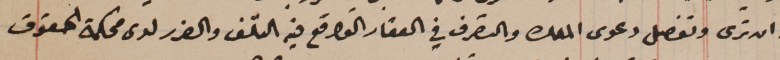
الى ان ترى وتفصل دعوى الملك والتصرف في العقار الواقع فيه التلف والضرر لدى محكمة الحقوق